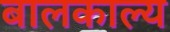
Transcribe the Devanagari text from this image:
बालकाल्य